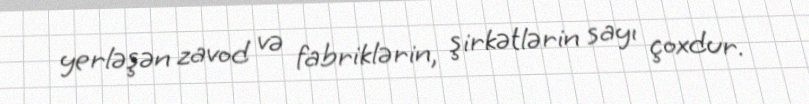
yerləşən zavod və fabriklərin, şirkətlərin sayı çoxdur.